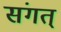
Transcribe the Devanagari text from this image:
संगत्